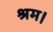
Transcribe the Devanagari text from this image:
श्रम।